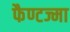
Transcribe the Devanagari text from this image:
फैण्टज्मा